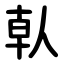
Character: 倝